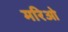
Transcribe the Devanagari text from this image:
मरिओ